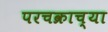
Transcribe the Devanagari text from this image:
परचक्राच्या